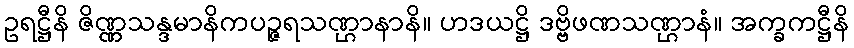
ဥရဋ္ဌီနိ ဇိဏ္ဏသန္ဒမာနိကပဉ္ဇရသဏ္ဌာနာနိ။ ဟဒယဋ္ဌိ ဒဗ္ဗိဖဏသဏ္ဌာနံ။ အက္ခကဋ္ဌီနိ